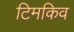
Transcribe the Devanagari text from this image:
टिमकिव